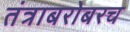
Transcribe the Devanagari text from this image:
तंत्राबरोबरच